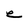
Character: e